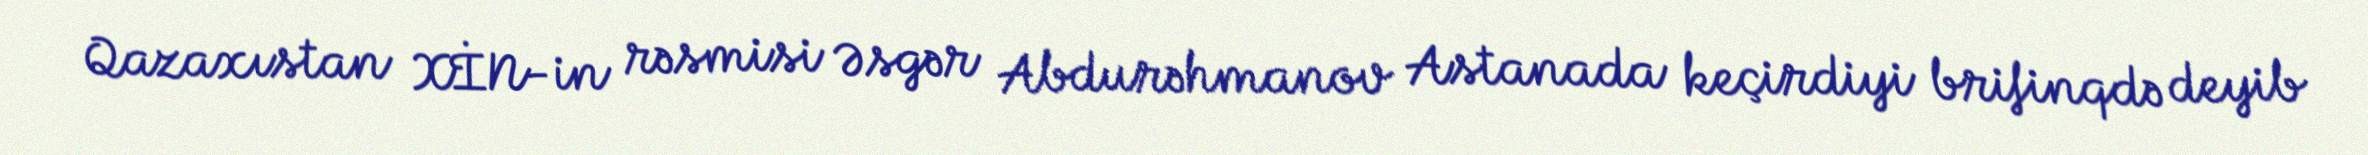
Qazaxıstan XİN-in rəsmisi Əsgər Abdurəhmanov Astanada keçirdiyi brifinqdə deyib